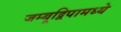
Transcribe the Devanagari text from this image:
जम्बूद्विपामध्ये